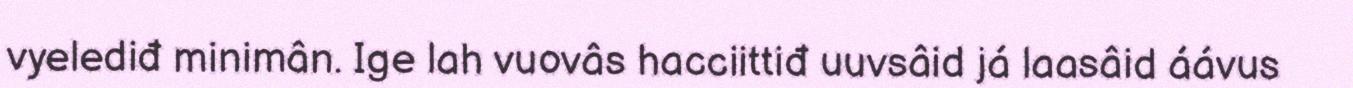
vyelediđ minimân. Ige lah vuovâs hacciittiđ uuvsâid já laasâid áávus